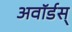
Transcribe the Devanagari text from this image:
अवॉर्डस्